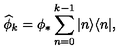
\widehat { \phi } _ { k } = \phi _ { * } \sum _ { n = 0 } ^ { k - 1 } | n \rangle \langle n | ,